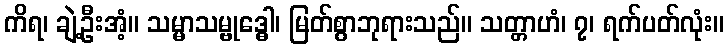
ကိရ၊ ချဲ့ဦးအံ့။ သမ္မာသမ္ဗုဒ္ဓေါ၊ မြတ်စွာဘုရားသည်။ သတ္တာဟံ၊ ၇၊ ရက်ပတ်လုံး။